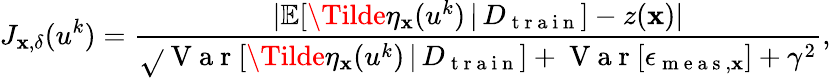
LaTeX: J_{\mathbf{x},\delta}(u^{k})=\frac{{\lvert\mathbb{{E}}[\Tilde{\eta}_{\mathbf{x}}(u^{k})\, \vert\, D_{\mathrm{{~t~r~a~i~n~}}}]-z(\mathbf{x})\rvert}}{{\sqrt{}{{\mathrm{{~V~a~r~}}[\Tilde{\eta}_{\mathbf{x}}(u^{k})\, \vert\, D_{\mathrm{{~t~r~a~i~n~}}}]+\mathrm{{~V~a~r~}}[\epsilon_{\mathrm{{~m~e~a~s~}},\mathbf{x}}]+\gamma^{2}}}}},